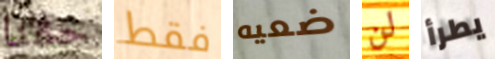
حقنا فقط ضعيه لن يطرأ